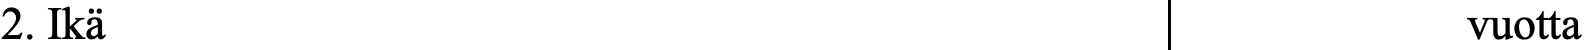
2. Ikä                                          vuotta